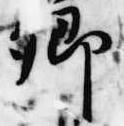
卿